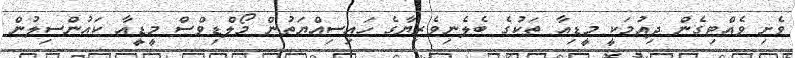
ވެށި ވެއްޓިގެން ދިއުމަކީ މީޑިއާ ތަކުގެ ބެލެނިވެރިޔާގެ ހައިސިއްޔަތުން މޯލްޑިވްސް މީޑީއާ ކައުންސިލުން